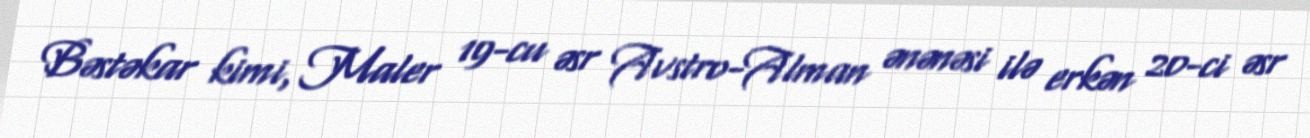
Bəstəkar kimi, Maler 19-cu əsr Avstro-Alman ənənəsi ilə erkən 20-ci əsr